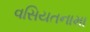
વસિયતનામા